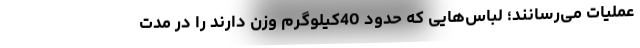
عملیات می‌رسانند؛ لباس‌هایی که حدود 40کیلوگرم وزن دارند را در مدت